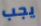
يجب